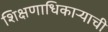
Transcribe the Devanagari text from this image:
शिक्षणाधिकाऱ्याची